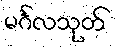
မင်္ဂလသုတ်